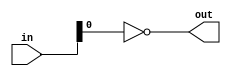
module is_even (
    input wire [31:0] in,
    output wire out 
);
    
assign out = ~in[0];

endmodule